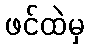
ဖင်ထဲမှ